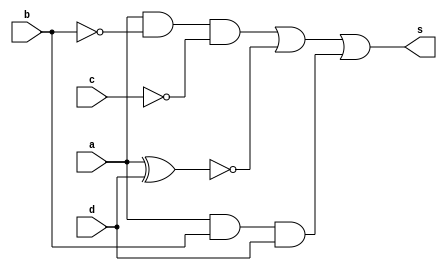
// ---------------------
// Guia 08_02 - Simplicao de circuitos por Quine-McCluskey
// Nome: Alyson Deives
// ---------------------

// -------------------------------
// -- Ex_02
// -------------------------------

module ex02 (s,a,b,c,d);
output s;
input a,b,c,d;

not NOT1 (bn,b);
not NOT2 (cn,c);
and AND1 (temp1,a,bn,cn);
and AND2 (temp3,a,b,d);
xnor XNOR1 (temp2,a,d);
or OR1 (s,temp1,temp2,temp3);

endmodule // ex02

// -----------------------------
// -- test Ex02
// -----------------------------

module test;
 reg a,b,c,d;
 wire s;
           
// instancia
ex02 EX02(s,a,b,c,d);
 
initial begin:start
      a=0;b=0;c=0;d=0;
 end
 
 
 // parte principal
 initial begin:main
      $display("Guia 08_02 - Alyson Deives - 416589");
      $display("Simplificao de Circuitos por Quine McCluskey\n");
		$display("\nA B C D | S  \n");
		$monitor("%b %b %b %b | %b", a,b,c,d,s); 
  
  		#1 a=0;b=0;c=0;d=0;
		#1 a=0;b=0;c=0;d=1;
		#1 a=0;b=0;c=1;d=0;
		#1 a=0;b=0;c=1;d=1;
		#1 a=0;b=1;c=0;d=0;
		#1 a=0;b=1;c=0;d=1;
		#1 a=0;b=1;c=1;d=0;
		#1 a=0;b=1;c=1;d=1;
		#1 a=1;b=0;c=0;d=0;
		#1 a=1;b=0;c=0;d=1;
		#1 a=1;b=0;c=1;d=0;
		#1 a=1;b=0;c=1;d=1;
		#1 a=1;b=1;c=0;d=0;
		#1 a=1;b=1;c=0;d=1;
		#1 a=1;b=1;c=1;d=0;
		#1 a=1;b=1;c=1;d=1;
end		
endmodule // test

	 // -----------------------------
	 // -- TESTE
	 // -----------------------------
    // -- Guia 08_02 - Alyson Deives - 416589
    // -- Simplificao de Circuitos por Quine McCluskey
    // -- 
    // -- 
//     -- A B C D | S  
//     -- 
//     -- 0 0 0 0 | 1
//     -- 0 0 0 1 | 0
//     -- 0 0 1 0 | 1
//     -- 0 0 1 1 | 0
//     -- 0 1 0 0 | 1
//     -- 0 1 0 1 | 0
//     -- 0 1 1 0 | 1
//     -- 0 1 1 1 | 0
//     -- 1 0 0 0 | 1
//     -- 1 0 0 1 | 1
//     -- 1 0 1 0 | 0
//     -- 1 0 1 1 | 1
//     -- 1 1 0 0 | 0
//     -- 1 1 0 1 | 1
//     -- 1 1 1 0 | 0
//     -- 1 1 1 1 | 1